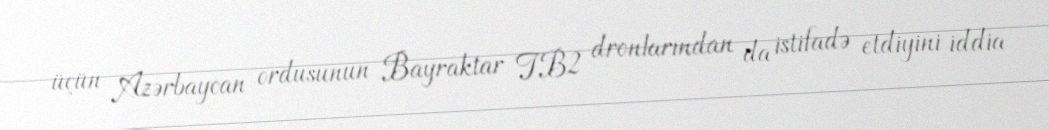
üçün Azərbaycan ordusunun Bayraktar TB2 dronlarından da istifadə etdiyini iddia